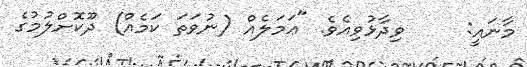
މާނައީ:     ވިދާޅުވިއެވެ. "ޢަމަލެއް (ނުވަތަ ކަމެއް) ދޫކޮށްލުމުގެ